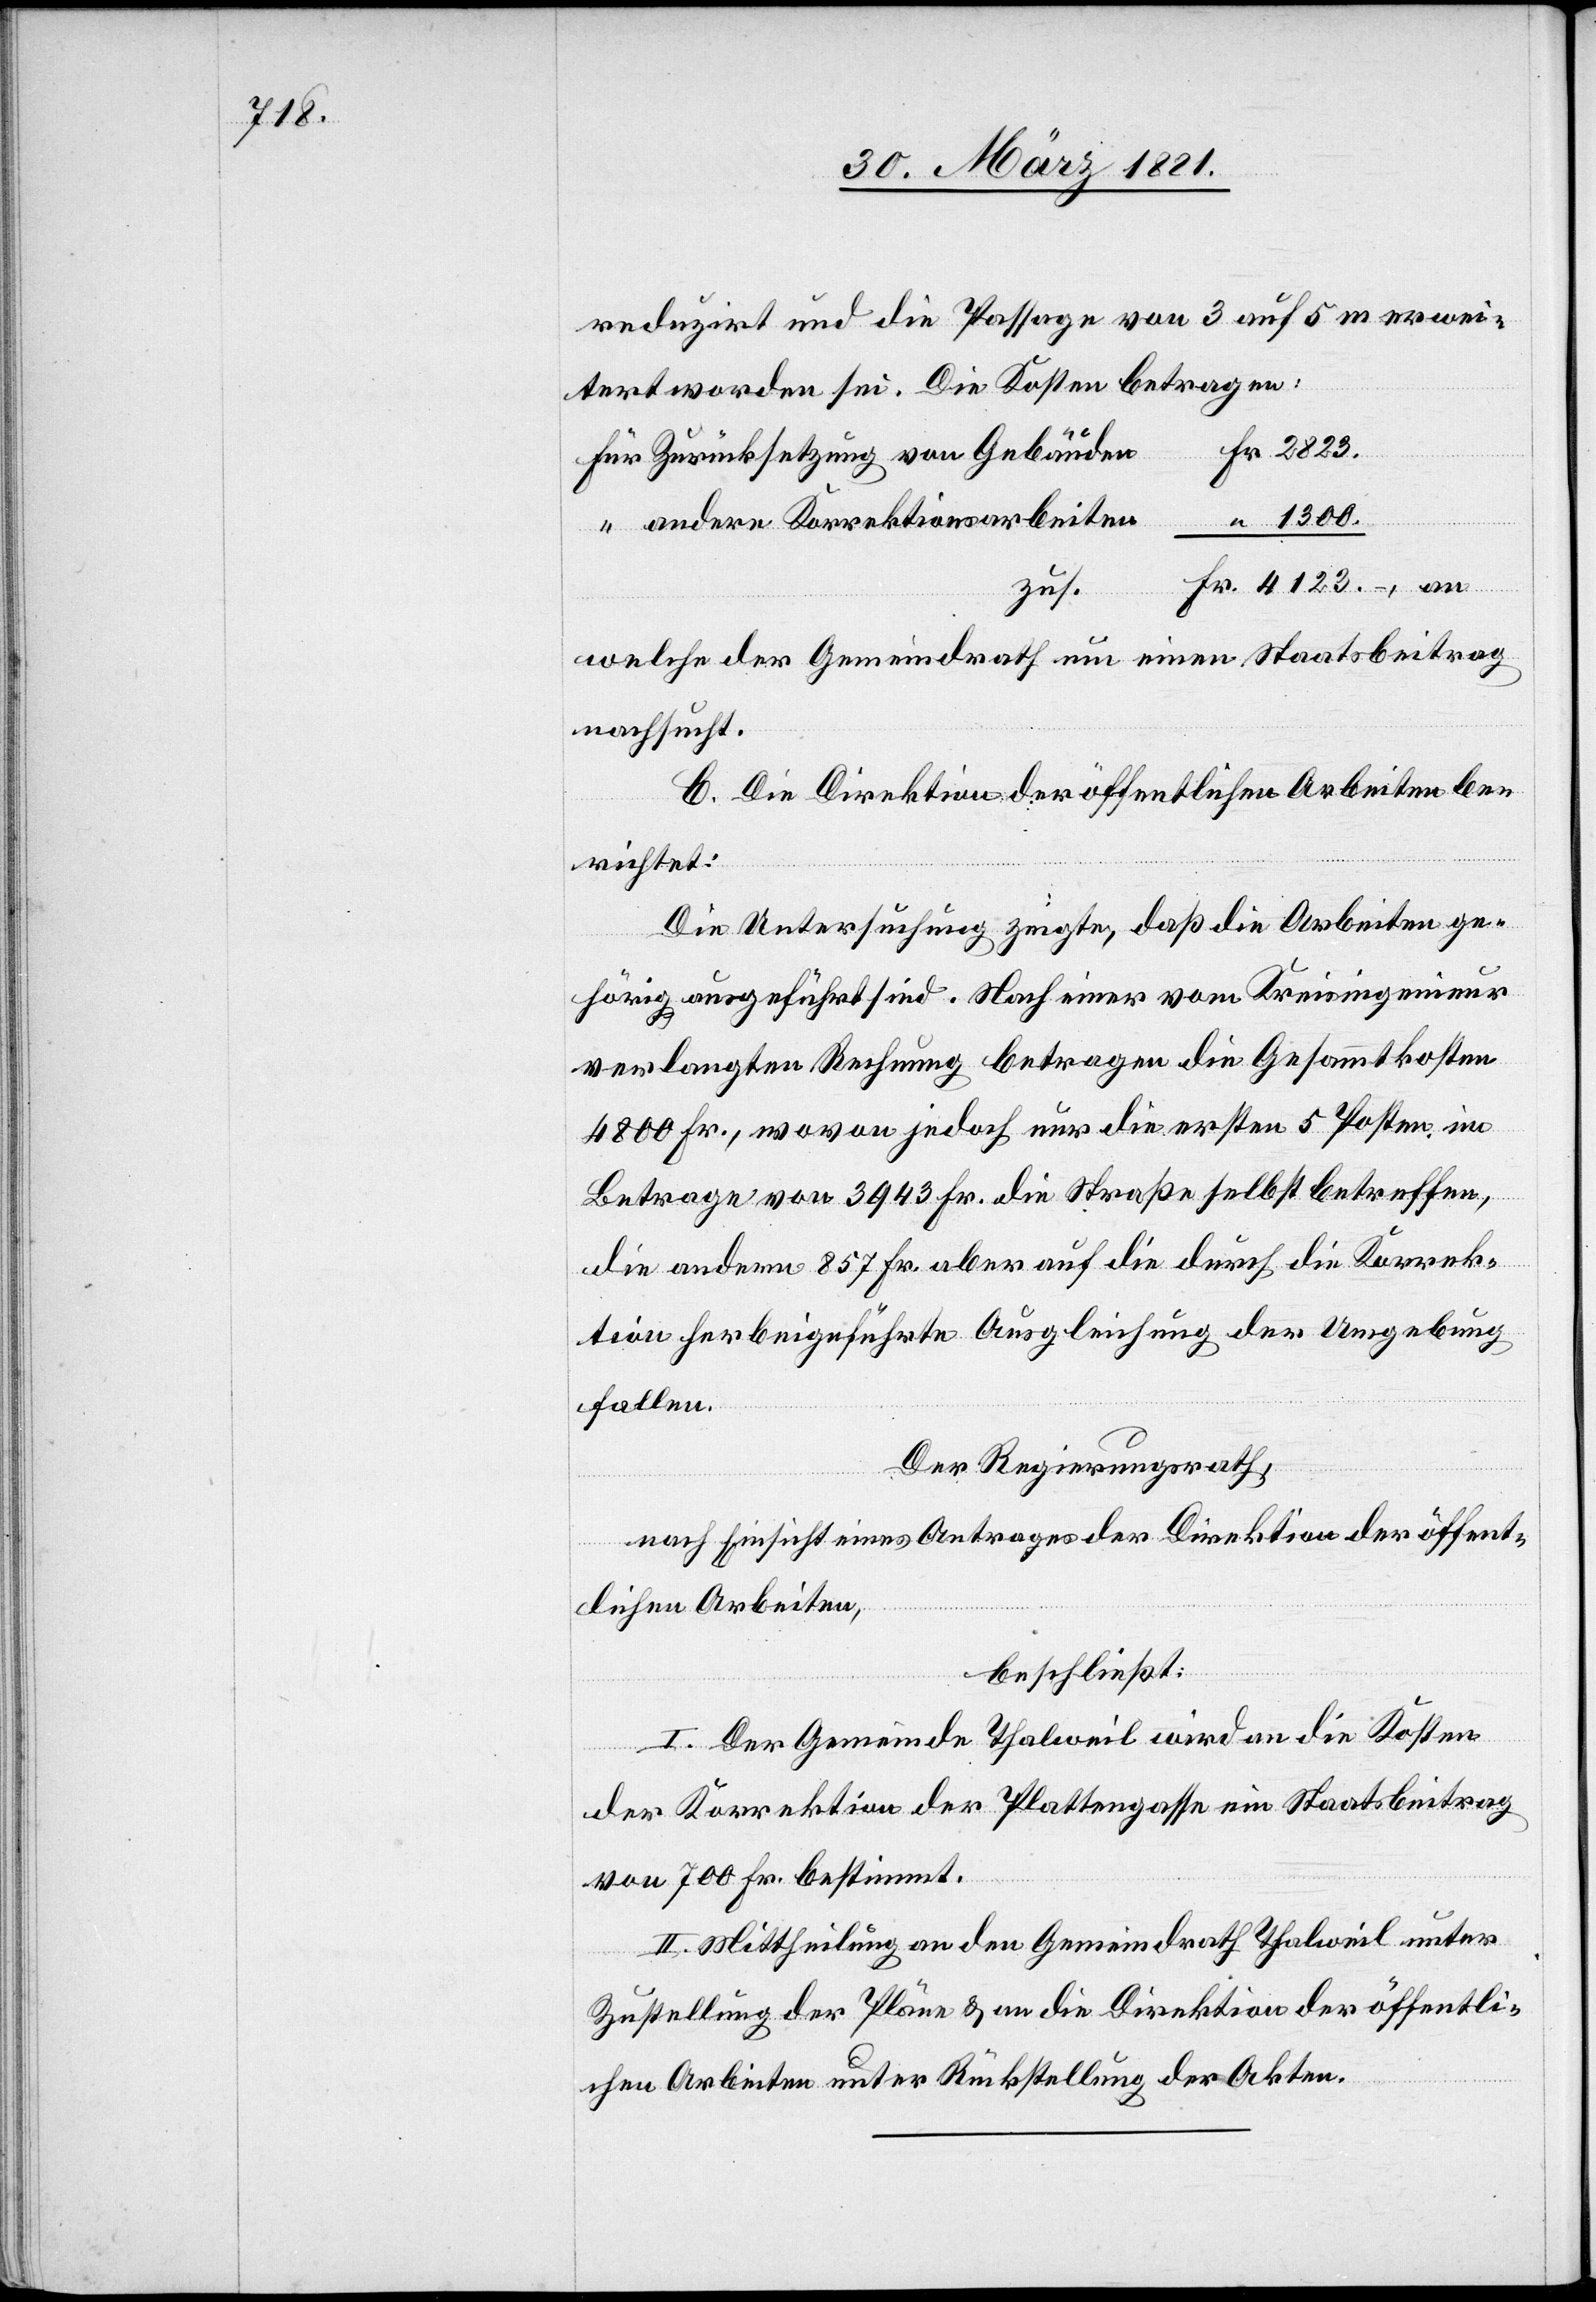
4123.

reduzirt und die Passage von 3 auf 5 m erwei¬
tert worden sei. Die Kosten betragen:
Fr.
Für Zurücksetzung von Gebäuden
1300.
“ andere Korrektionsarbeiten
zus.
welche der Gemeindrath um einen Staatsbeitrag
nachsucht.
C. Die Direktion der öffentlichen Arbeiten be¬
richtet:
Die Untersuchung zeigte, daß die Arbeiten ge¬
hörig ausgeführt sind. Nach einer vom Kreisingenieur
verlangten Rechnung betragen die Gesammtkosten
4800 Fr., wovon jedoch nur die ersten 5 Posten im
Betrage von 3943 Fr. die Straße selbst betreffen,
die andern 857 Fr. aber auf die durch die Korrek¬
tion herbeigeführte Ausgleichung der Umgebung
fallen.
Der Regierungsrath,
nach Einsicht eines Antrages der Direktion der öffent¬
lichen Arbeiten,
beschließt:
I. Der Gemeinde Thalweil wird an die Kosten
der Korrektion der Plattengasse ein Staatsbeitrag
von 700 Fr. bestimmt.
II. Mittheilung an den Gemeindrath Thalweil unter
Zustellung der Pläne & an die Direktion der öffentli¬
chen Arbeiten unter Rückstellung der Akten.